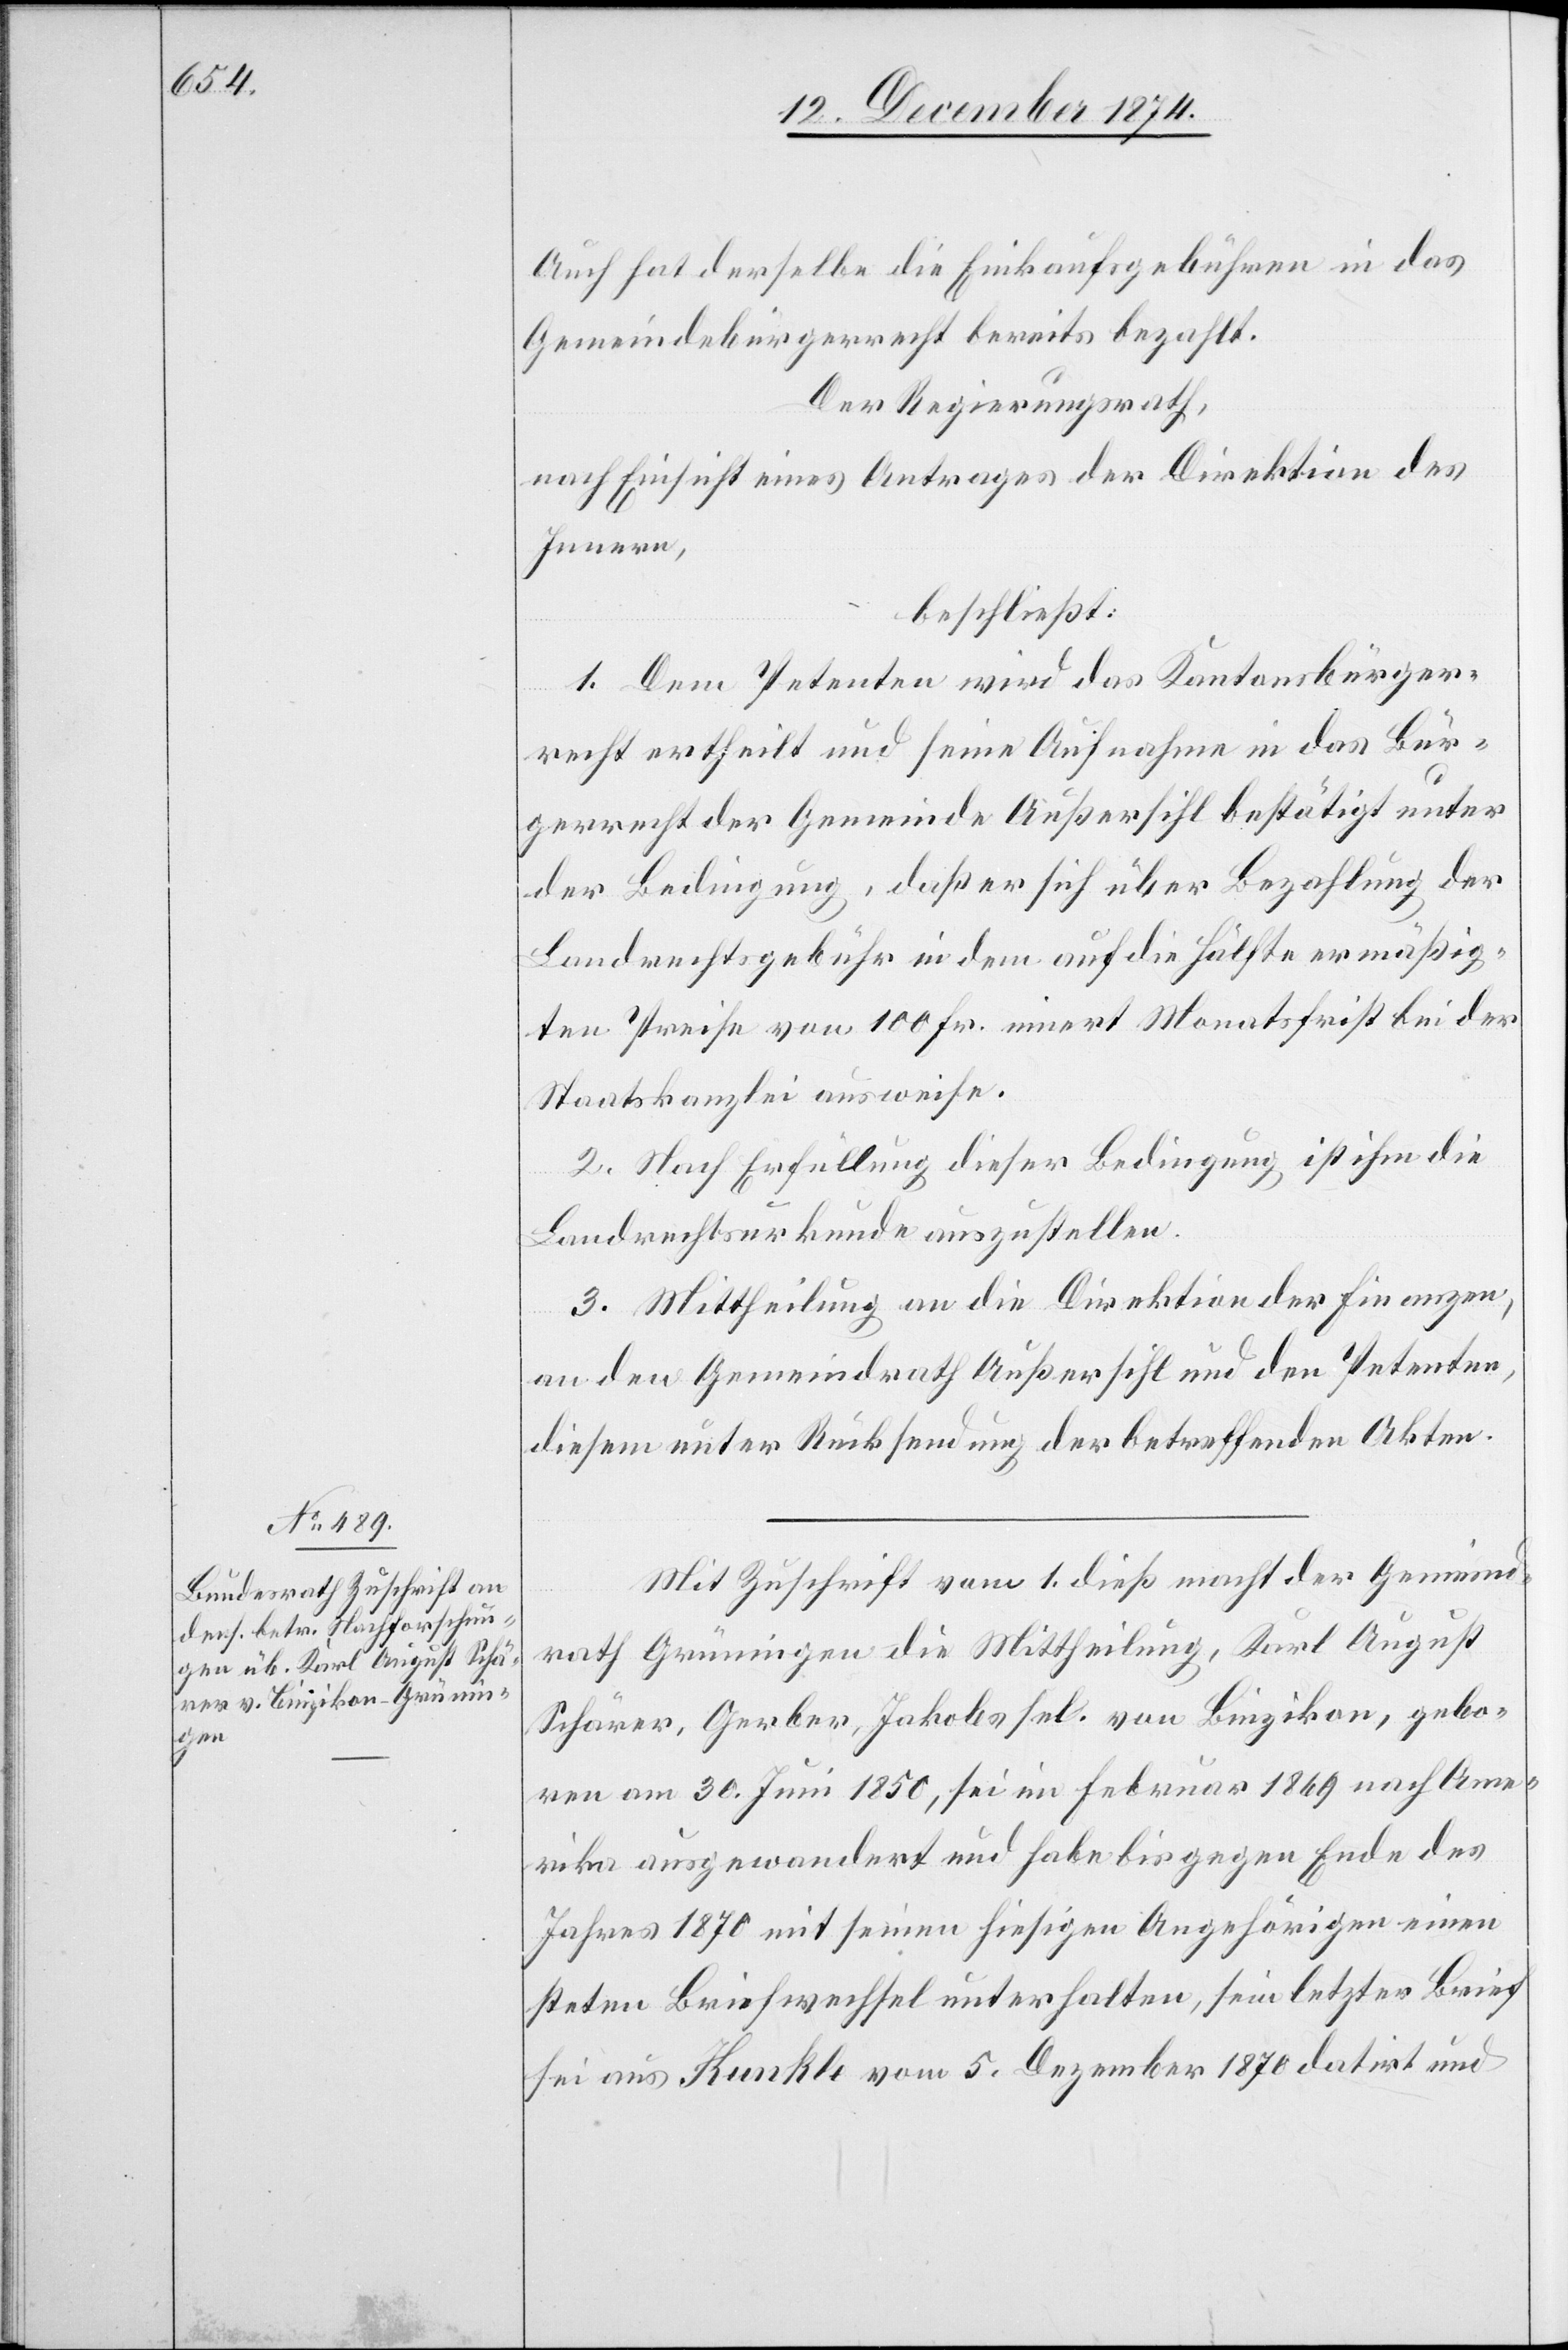
Auch hat derselbe die Einkaufsgebühren in das
Gemeindebürgerrecht bereits bezahlt.
Der Regierungsrath,
nach Einsicht eines Antrages der Direktion des
Innern,
beschließt:
1. Dem Petenten wird das Kantonsbürger¬
recht ertheilt und seine Aufnahme in das Bür¬
gerrecht der Gemeinde Außersihl bestätigt unter
der Bedingung, daß er sich über Bezahlung der
Landrechtsgebühr in dem auf die Hälfte ermäßig¬
ten Preise von 100 Fr. innert Monatsfrist bei der
Staatskanzlei ausweise.
2. Nach Erfüllung dieser Bedingung ist ihm die
Landrechtsurkunde auszustellen.
3. Mittheilung an die Direktion der Finanzen,
an den Gemeindrath Außersihl und den Petenten,
diesem unter Rücksendung der betreffenden Akten.
Mit Zuschrift vom 1. dieß macht der Gemeind¬
rath Grüningen die Mittheilung, Karl August
Schärer, Gerber, Jakobs sel. von Binzikon, gebo¬
ren am 30. Juni 1850, sei im Februar 1869 nach Ame¬
rika ausgewandert und habe bis gegen Ende des
Jahres 1870 mit seinen hiesigen Angehörigen einen
steten Briefwechsel unterhalten, sein letzter Brief
sei aus Kunkle vom 5. Dezember 1870 datirt und